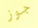
جوز